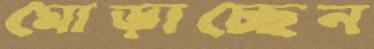
মোড়াচ্ছেন